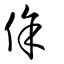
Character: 俆